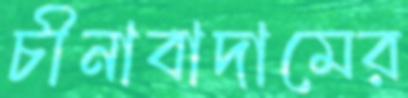
চীনাবাদামের